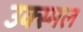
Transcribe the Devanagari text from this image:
उक्स्मल